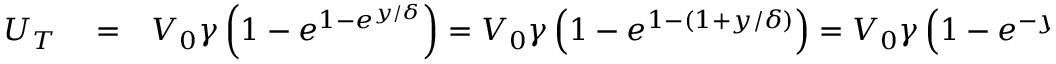
\begin{array} { r l r } { U _ { T } } & { { } = } & { V _ { 0 } \gamma \left( 1 - e ^ { 1 - e ^ { y / \delta } } \right) = V _ { 0 } \gamma \left( 1 - e ^ { 1 - ( 1 + y / \delta ) } \right) = V _ { 0 } \gamma \left( 1 - e ^ { - y / \delta ) } \right) = V _ { 0 } \gamma \left( 1 - ( 1 - y / \delta ) \right) } \end{array}